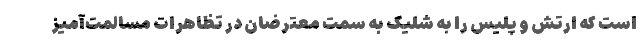
است که ارتش و پلیس را به شلیک به سمت معترضان در تظاهرات مسالمت‌آمیز